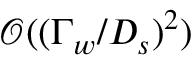
\mathcal { O } ( ( \Gamma _ { w } / D _ { s } ) ^ { 2 } )